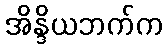
အိန္ဒိယဘက်က